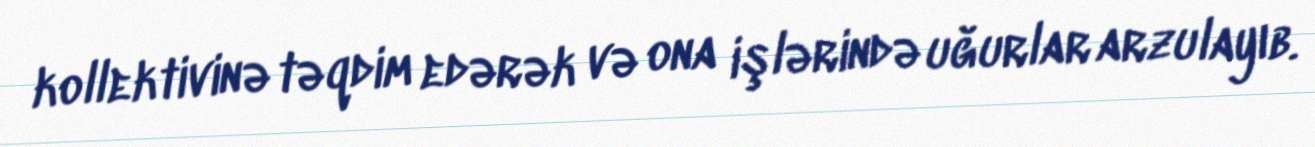
kollektivinə təqdim edərək və ona işlərində uğurlar arzulayıb.